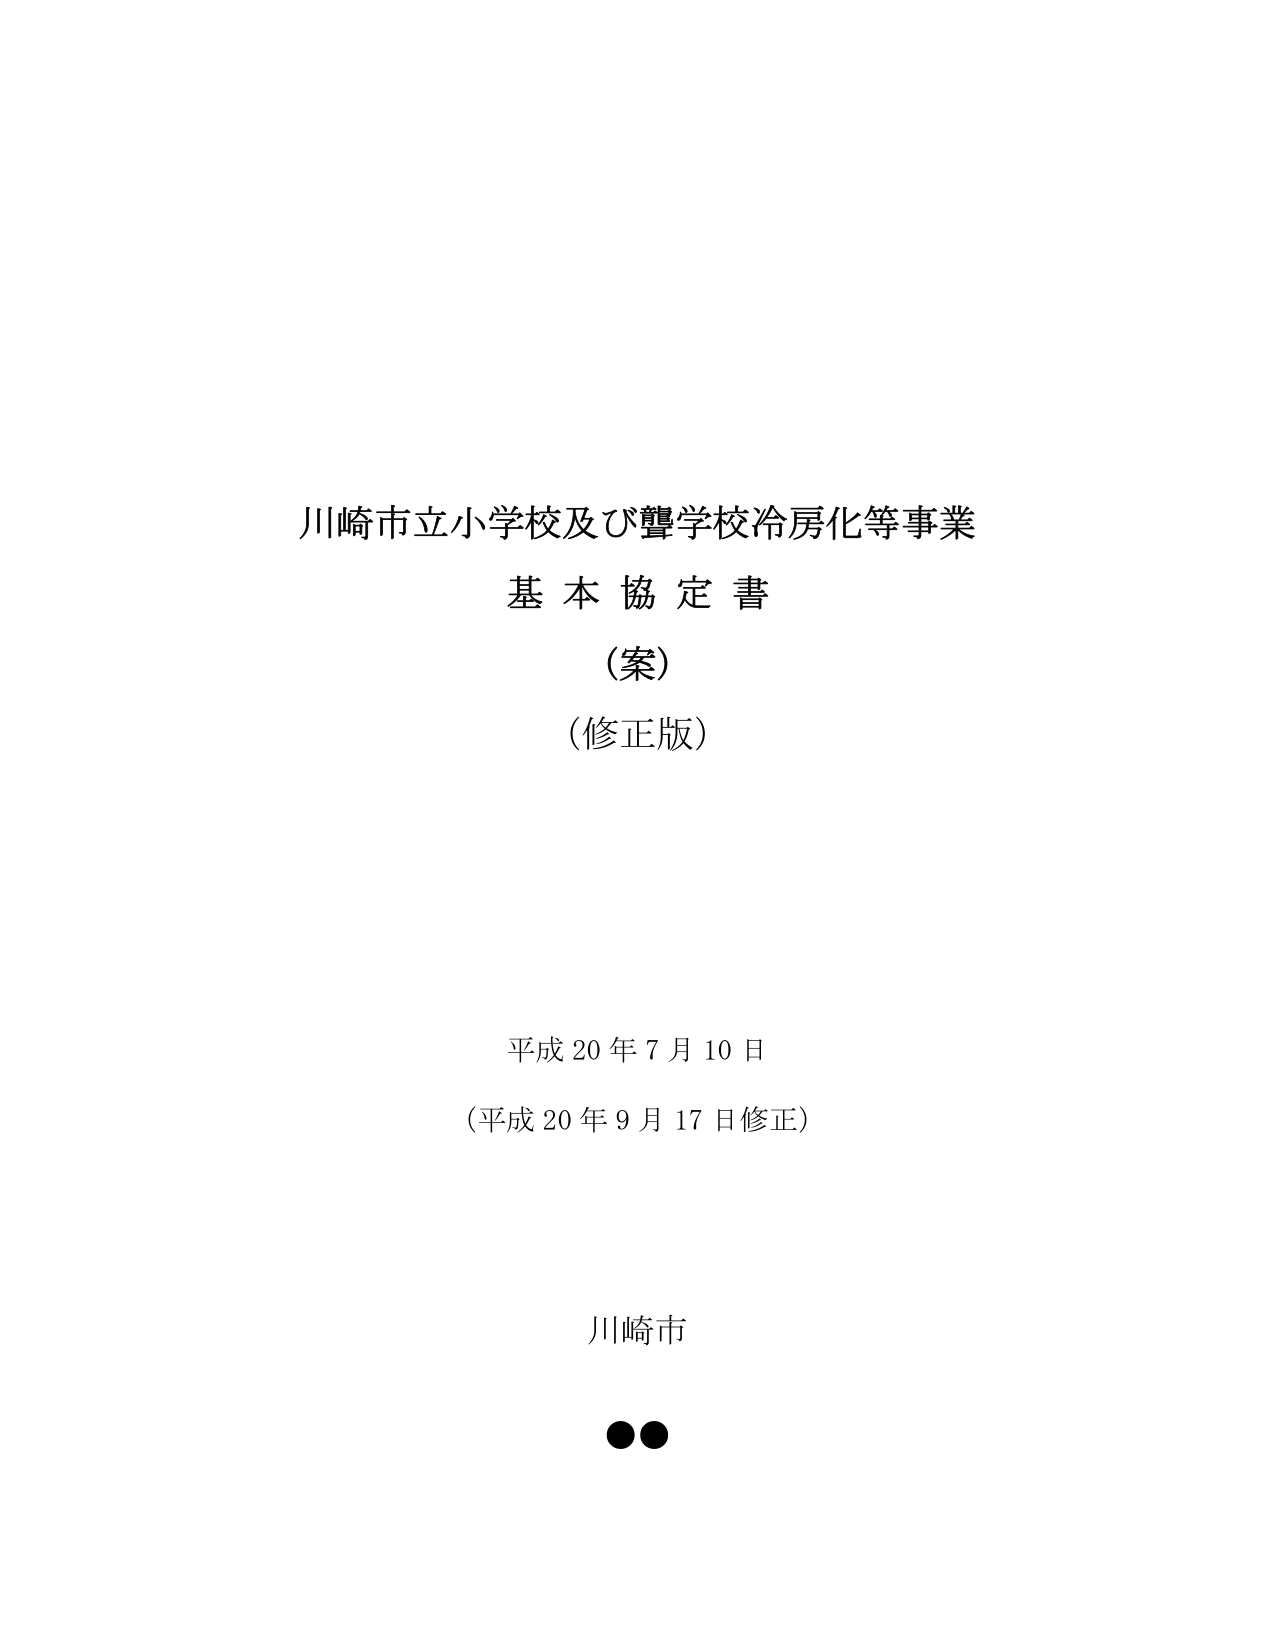
川崎市立小学校及び聾学校冷房化等事業
基本協定書
（案）
（修正版）

平成20年7月10日
（平成20年9月17日修正）

川崎市
●●